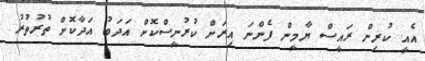
އެއީ ކުރިން ރައީސް ޔާމީން ފެންނަ އިރަށް ކުރުނީސްކޮށް އަދަބު އަދާކޮށް ތުރުތުރު